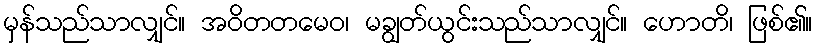
မှန်သည်သာလျှင်။ အဝိတတမေဝ၊ မချွတ်ယွင်းသည်သာလျှင်။ ဟောတိ၊ ဖြစ်၏။